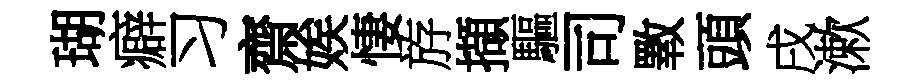
瑚癖习齋娭悽斿擷驅司斁頭戌漱